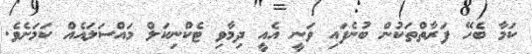
ކަމާ ބެހޭ ފަރާތްތަކުން ބުނެފައި ވަނީ އެއީ ދިމާވި ޓެކްނިކަލް މައްސަލައެއް ކަމަށެވެ.